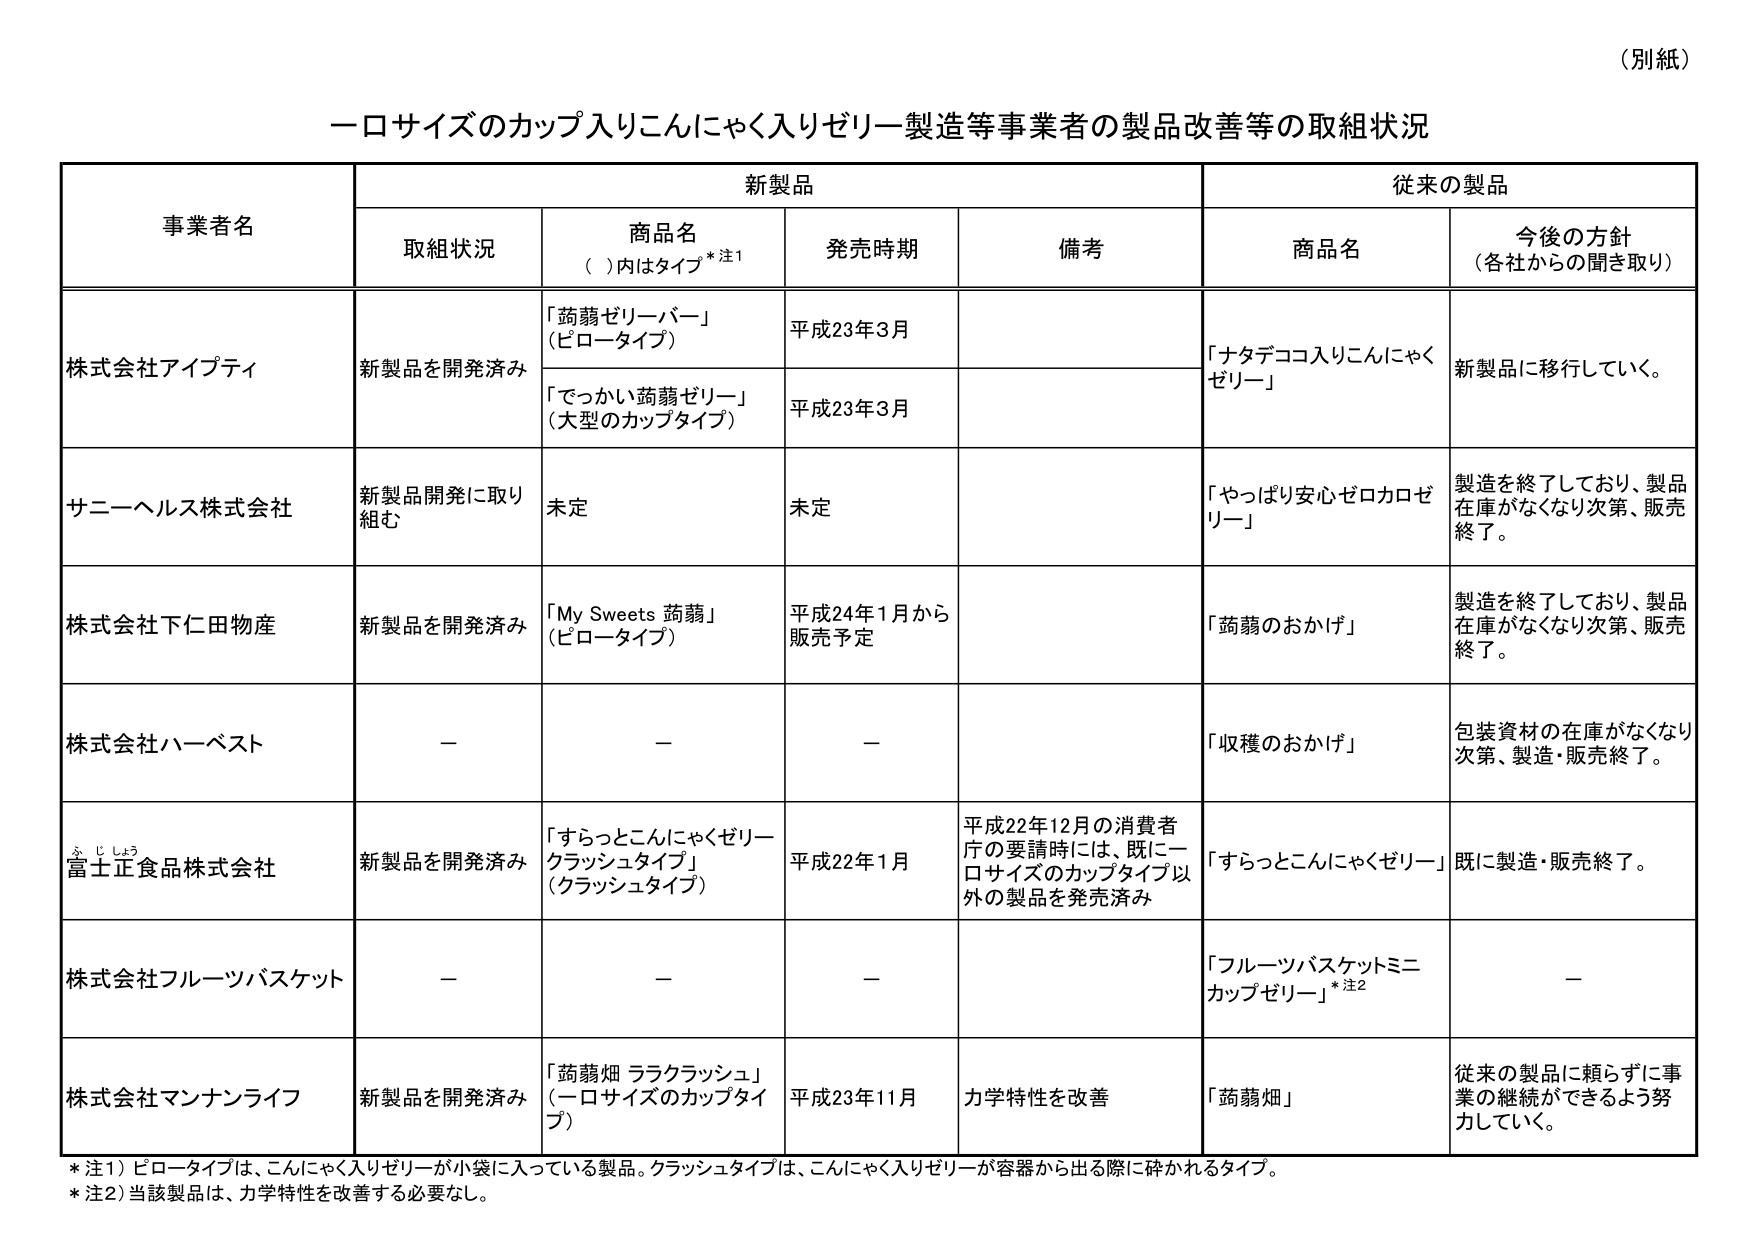
（別紙）

一ロサイズのカップ入りこんにゃく入りゼリー製造等事業者の製品改善等の取組状況

事業者名